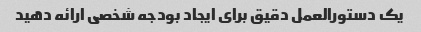
یک دستورالعمل دقیق برای ایجاد بودجه شخصی ارائه دهید